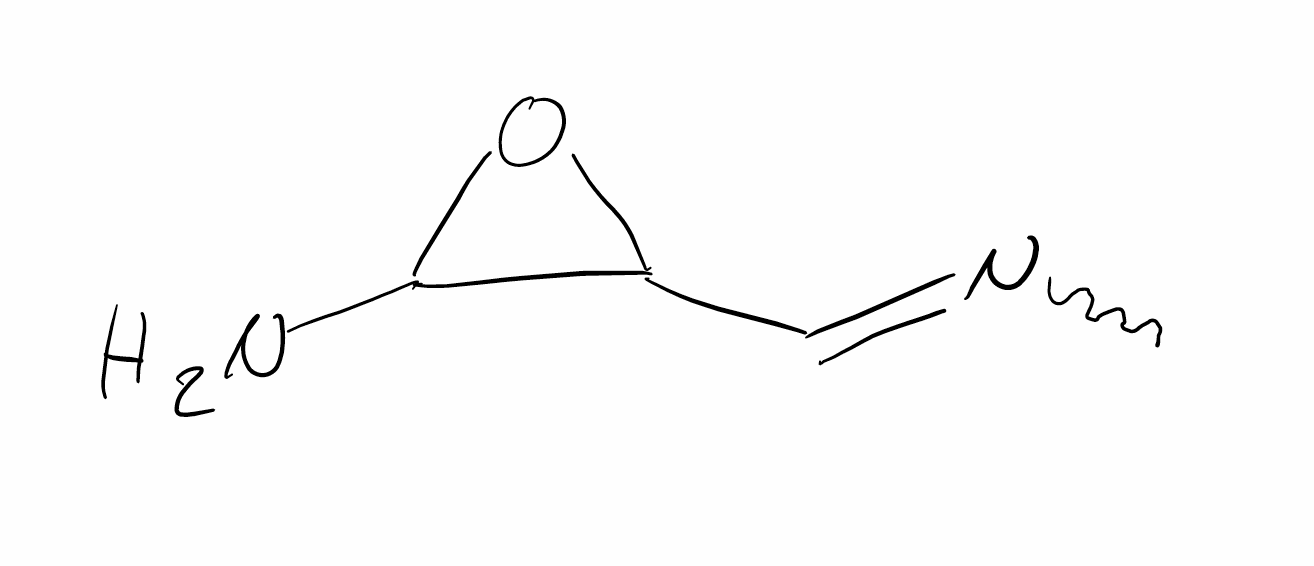
Simplified molecular-input line-entry system (SMILES) notation of the given molecule:
CN=CC1C(O1)N